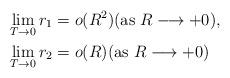
LaTeX: \begin{align*} &\lim_{T \to 0}r_1 = o(R^2) \mbox{(as $R \longrightarrow +0$)}, \\ &\lim_{T \to 0}r_2 = o(R) \mbox{(as $R \longrightarrow +0$)}\end{align*}